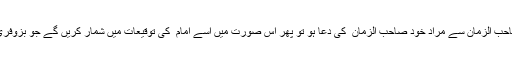
(۵۴) اگر’’ انہ الدعا لصاحب الزمانؑ سے مراد خود صاحب الزمان ؑ کی دعا ہو تو پھر اس صورت میں اسے امام ؑ کی توقیعات میں شمار کریں گے جو بزوفری کے لیے جاری ہوئی۔